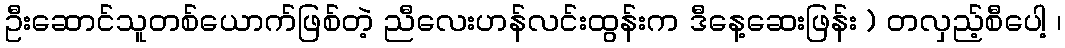
ဦးဆောင်သူတစ်ယောက်ဖြစ်တဲ့ ညီလေးဟန်လင်းထွန်းက ဒီနေ့ဆေးဖြန်း ) တလှည့်စီပေါ့ ၊